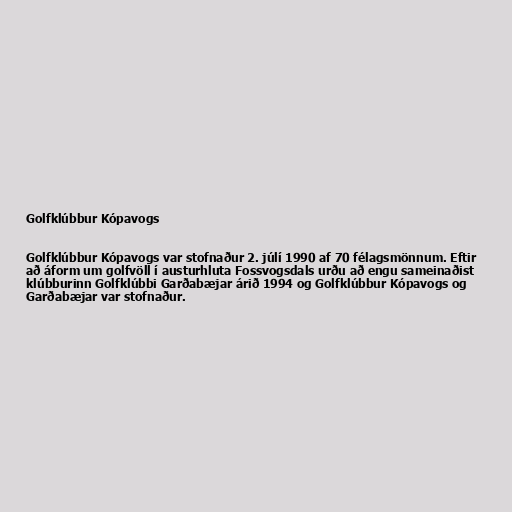
Golfklúbbur Kópavogs

Golfklúbbur Kópavogs var stofnaður 2. júlí 1990 af 70 félagsmönnum. Eftir
að áform um golfvöll í austurhluta Fossvogsdals urðu að engu sameinaðist
klúbburinn Golfklúbbi Garðabæjar árið 1994 og Golfklúbbur Kópavogs og
Garðabæjar var stofnaður.